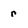
Character: r